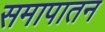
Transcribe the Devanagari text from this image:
समापातन